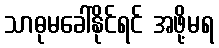
သာဓုမခေါ်နိုင်ရင် အဖို့မရ